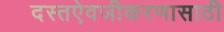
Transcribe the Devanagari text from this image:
दस्तऐवजीकरणासाठी